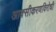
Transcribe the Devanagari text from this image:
आक्सीकरणविरोधी